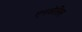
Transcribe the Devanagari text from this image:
एनलेसिस